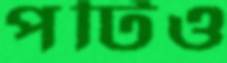
পটিও